Indian journal of veterinary science and animal husbandry - Volumes 28-29, 1958-1959
Year: 1958
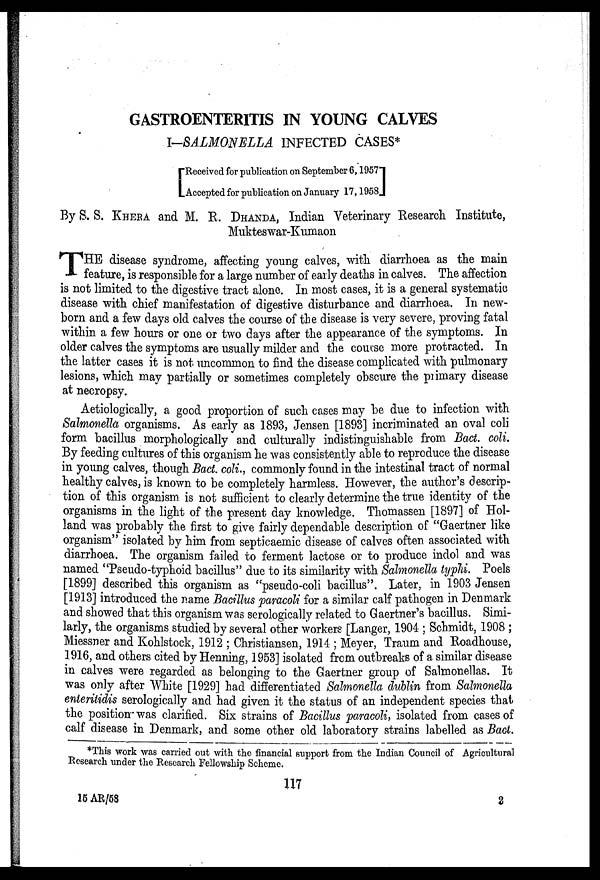
GASTROENTERITIS IN YOUNG CALVES
I—SALMONELLA INFECTED CASES*
[ Received for publication on September 6, 1957
Accepted for publication on January 17, 1958]
By S. S. KHERA and M. E. DHANDA, Indian Veterinary Research Institute,
Mukteswar-Kumaon
T HE disease syndrome, affecting young calves, with diarrhoea as the main
feature, is responsible for a large number of early deaths in calves. The affection
is not limited to the digestive tract alone. In most cases, it is a general systematic
disease with chief manifestation of digestive disturbance and diarrhoea. In new-
born and a few days old calves the course of the disease is very severe, proving fatal
within a few hours or one or two days after the appearance of the symptoms. In
older calves the symptoms are usually milder and the course more protracted. In
the latter cases it is not uncommon to find the disease complicated with pulmonary
lesions, which may partially or sometimes completely obscure the primary disease
at necropsy.
Aetiologically, a good proportion of such cases may be due to infection with
Salmonella organisms. As early as 1893, Jensen [1893] incriminated an oval coli
form bacillus morphologically and culturally indistinguishable from Bact. coli.
By feeding cultures of this organism he was consistently able to reproduce the disease
in young calves, though Bact. coli., commonly found in the intestinal tract of normal
healthy calves, is known to be completely harmless. However, the author's descrip-
tion of this organism is not sufficient to clearly determine the true identity of the
organisms in the light of the present day knowledge. Thomassen [1897] of Hol-
land was probably the first to give fairly dependable description of "Gaertner like
organism" isolated by him from septicaemic disease of calves often associated with
diarrhoea. The organism failed to ferment lactose or to produce indol and was
named "Pseudo-typhoid bacillus" due to its similarity with Salmonella typhi. Poels
[1899] described this organism as "pseudo-coli bacillus". Later, in 1903 Jensen
[1913] introduced the name Bacillus paracoli for a similar calf pathogen in Denmark
and showed that this organism was serologically related to Gaertner's bacillus. Simi-
larly, the organisms studied by several other workers [Langer, 1904 ; Schmidt, 1908 ;
Miessner and Kohlstock, 1912 ; Christiansen, 1914 ; Meyer, Traum and Roadhouse,
1916, and others cited by Henning, 1953] isolated from outbreaks of a similar disease
in calves were regarded as belonging to the Gaertner group of Salmonellas. It
was only after White [1929] had differentiated Salmonella dublin from Salmonella
enteritidis serologically and had given it the status of an independent species that
the position was clarified. Six strains of Bacillus paracoli, isolated from cases of
calf disease in Denmark, and some other old laboratory strains labelled as Bact.
*This work was carried out with the financial support from the Indian Council of Agricultural
Research under the Research Fellowship Scheme.
117
15 AR/58
2